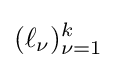
(\ell _{\nu })_{\nu =1}^{k}